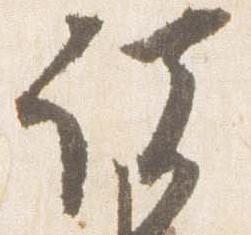
諸